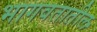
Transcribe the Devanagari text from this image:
भागवतातील